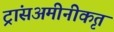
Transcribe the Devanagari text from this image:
ट्रांसअमीनीकृत